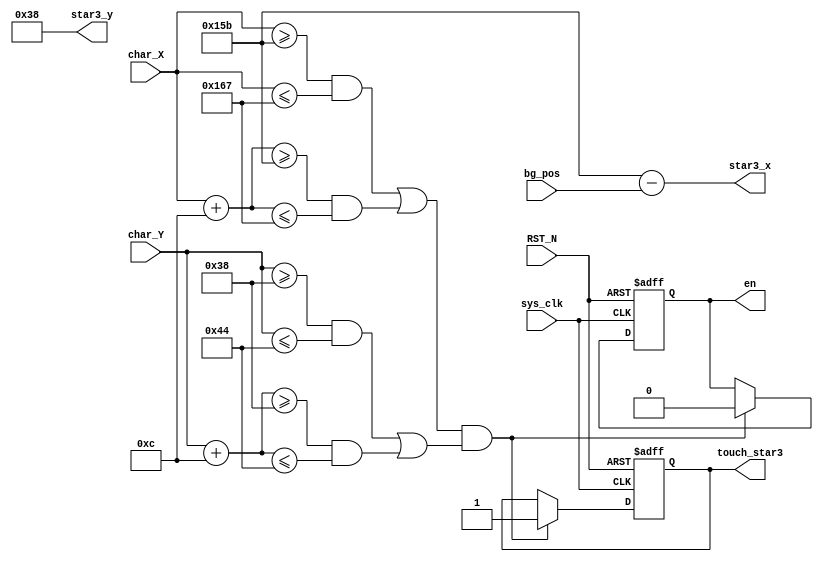
`timescale 1ns / 1ps

module STAR3(input sys_clk,
	input  [9:0] char_X,
	input  [9:0] char_Y,
	input  [9:0] bg_pos,
	input RST_N,
    output wire [9:0] star3_x,
    output wire [9:0] star3_y,
    output touch_star3,
    output  en
);
  reg [9:0] star3_x_r = 10'd347;
  reg [9:0] star3_y_r = 10'd56;
  reg enable = 1'b1;
  reg touch;
  assign star3_x = star3_x_r - bg_pos;
  assign star3_y = star3_y_r;
  assign touch_star3 = touch;
  assign en = enable;
  
  always@(posedge sys_clk or negedge RST_N)
    begin
      if(!RST_N)
        begin
          enable <= 1'b1;
          touch <= 1'b0;
        end
      else if( ((((char_X >= star3_x_r) && (char_X <= star3_x_r + 10'd12)) || ((char_X + 10'd12 >= star3_x_r) && (char_X + 10'd12 <= star3_x_r + 10'd12)))) & ((((char_Y >= star3_y_r) && (char_Y <= star3_y_r + 10'd12)) || ((char_Y + 10'd12 >= star3_y_r) && (char_Y + 10'd12 <= star3_y_r + 10'd12)))) ) 
        begin 
          enable <= 1'b0;
          touch <= 1'b1;
        end
      else
        touch <= touch;
    end
    
endmodule